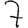
Digit: 7